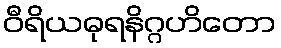
ဝီရိယဓုရနိဂ္ဂဟိတော